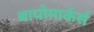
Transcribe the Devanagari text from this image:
बायोमार्कर्स